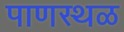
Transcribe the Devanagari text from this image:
पाणस्थळ